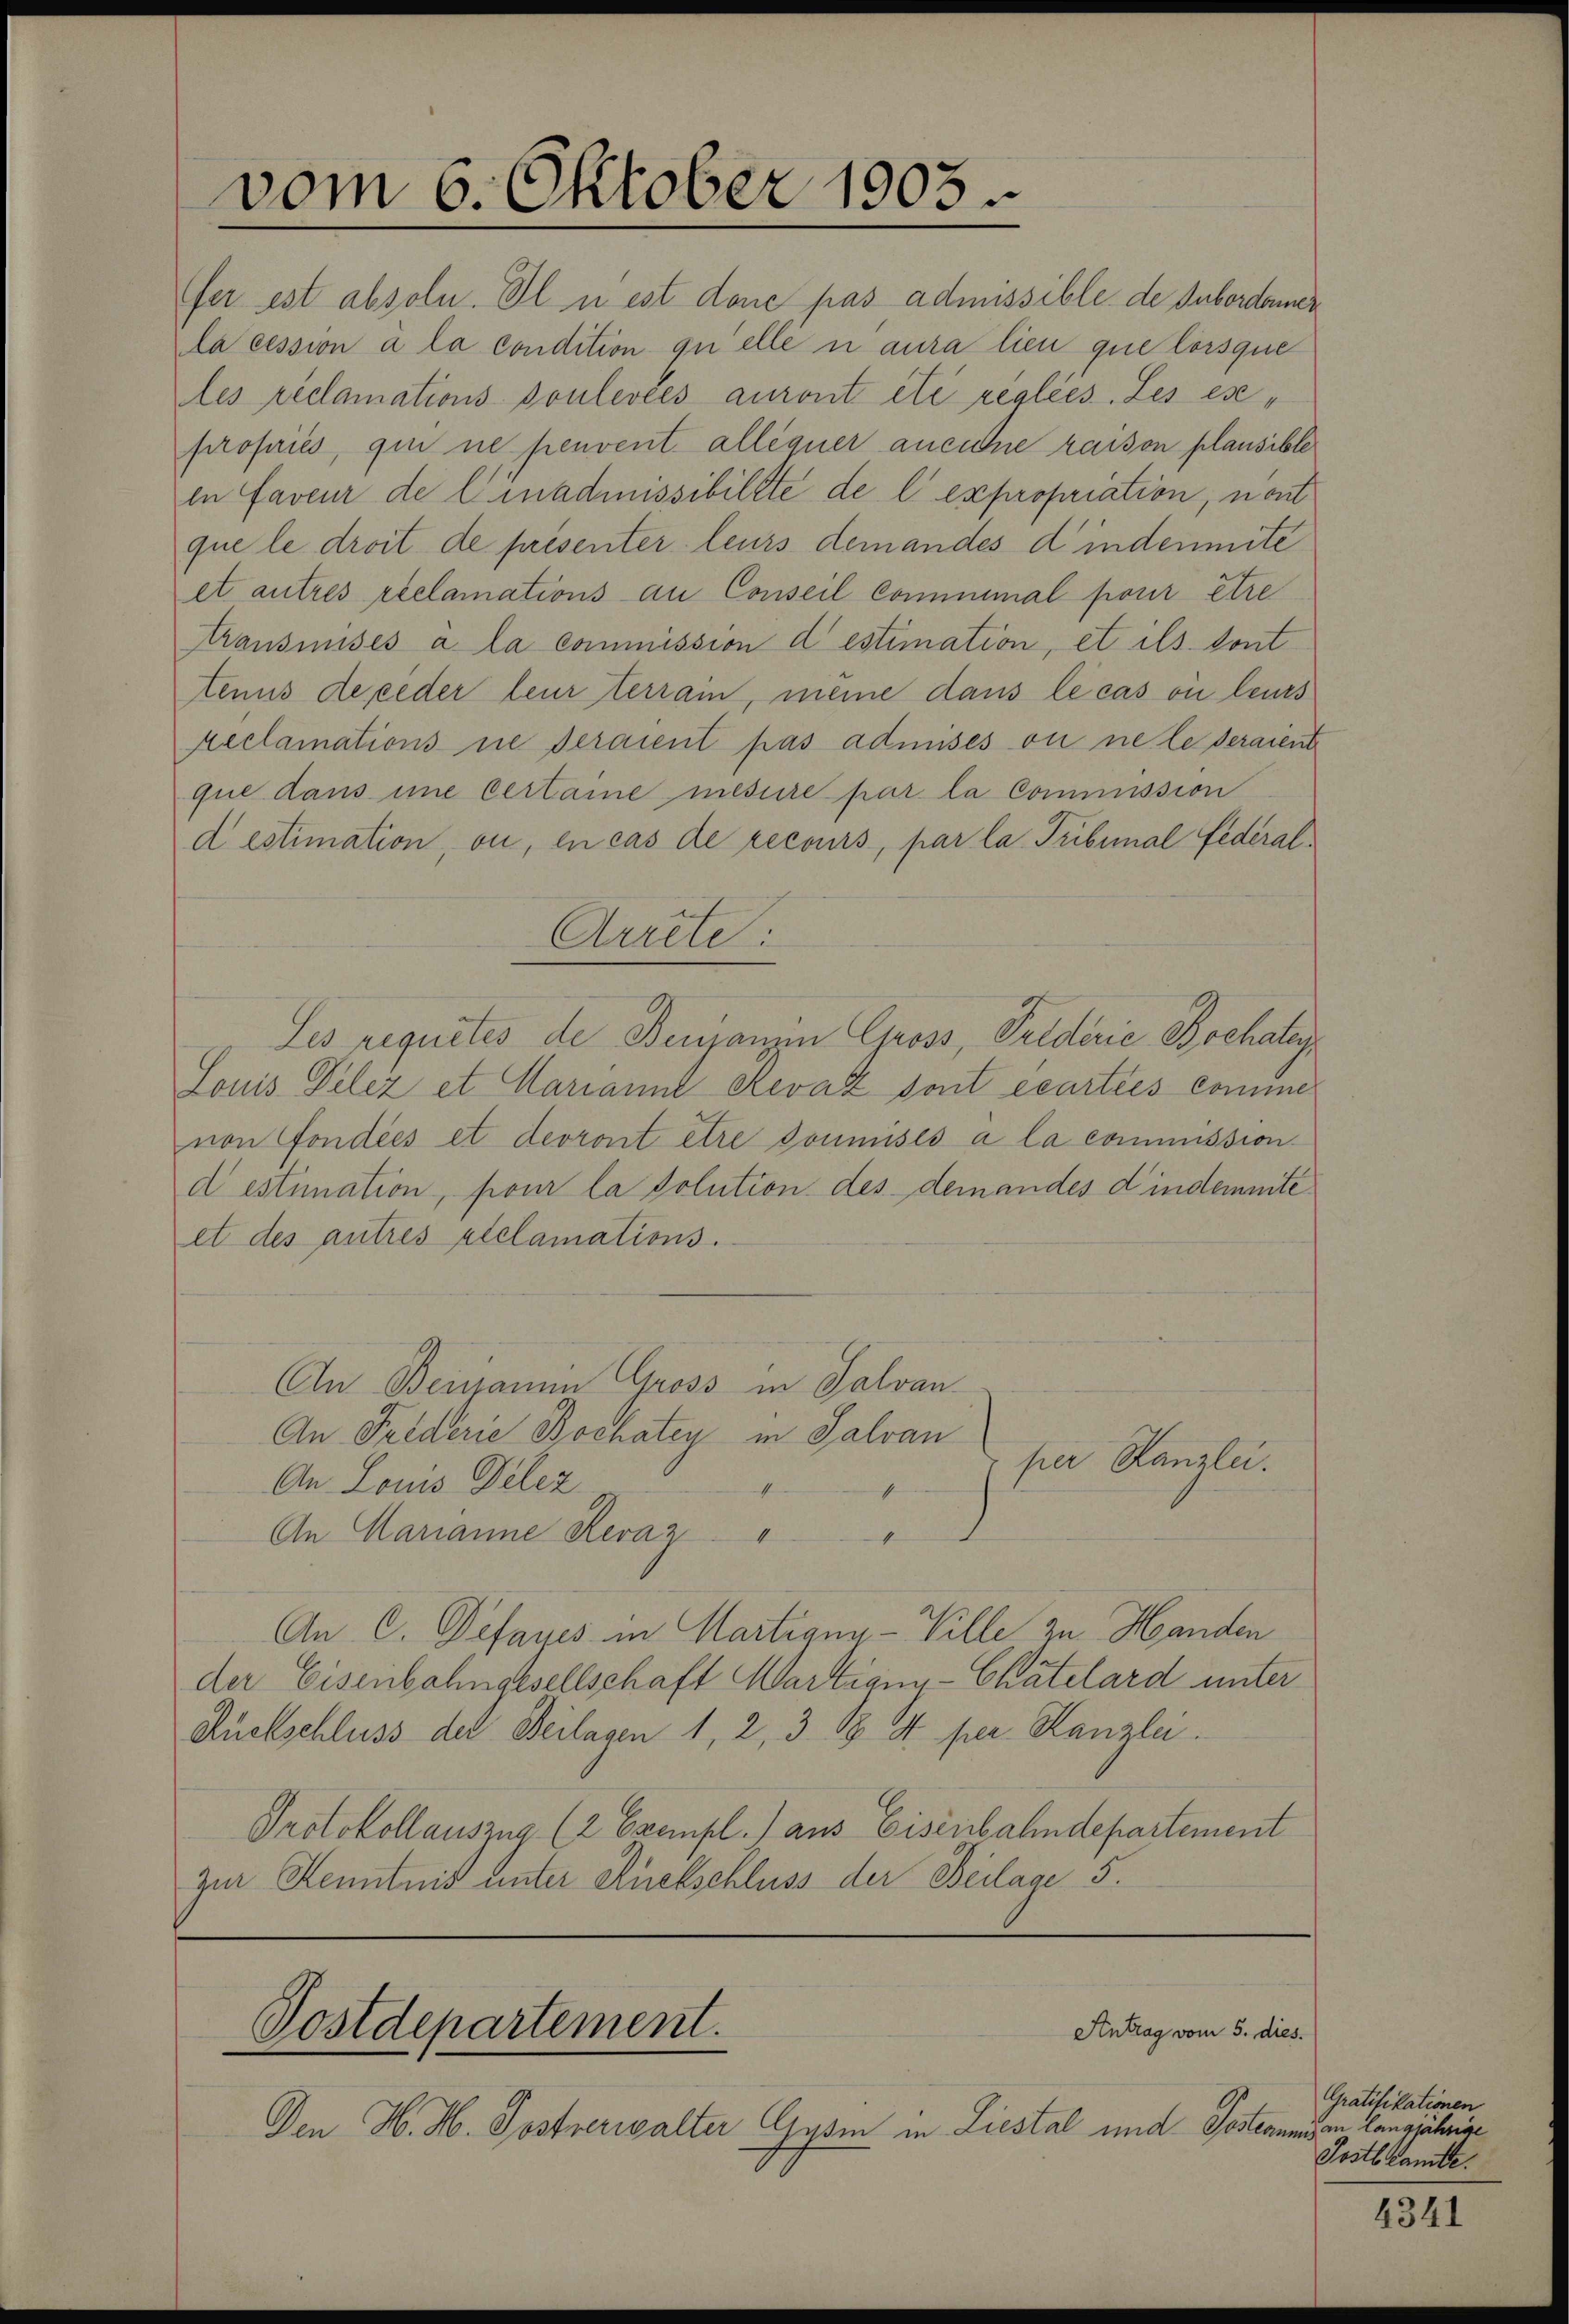
vom 6. Oktober 1903.

Les requites de Benjamin Gross, Friderie Bochaleyr
Louis Delez et Mariannt Reval sont écarties comme
von Condies et devront être soumisés a la commission
d estimation, pour la solution des demandes d’indemnite
et des autres alclamations.
An Beinamin Gross in Salvan
An Friderie Bochatey in Salvan
per Kanzlei.
An Louis Delez
4
.
An Marianne Revaz "
An C. Defayes in Martigny-Ville zu Handen
der Eisenbahngesellschaft Martianz-Chätelard unter
Ruckschluss der Beilasen 1, 2, 3 S. I per Kanzlei.
Protokollauszug (2 Exempl.) aus Eisenbahndepartement
zur Kenntniß unter Rückschluss der Beilage 5.

fer est absoln. Il u est donc pas admissible de Subordonner
la cession à la condition qu’elle u aura lieu que lorsque
les réclamations poulevées auront été réglées. Les expropries, qui ne peuvent allequer aucune raison plausible
in faveur de l’inadmissibilite de l. expropriation, nont
que le droit de présenter leurs demandes d’indenmite
et autres reclamations au Conseil Commimal pour être
transmises à la commission d estimation, et ils dont
tenus de jeder leur terrain, meine dans le cas où leurs
Meclamations ne seraient pas admises ou ne le seraient
que dans imme certaine mesure par la Commission
d estimation, ou, en cas de recours, par la Tribunal Federal¬

Arrete:

Postdepartement.

Den H. H. Postverwalter Gysi in Liestal und Posteaumigen langjährige

Antrag vom 5. dies.

Gratifikationen
Postbeamte.

4341